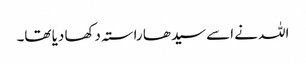
اللہ نے اسے سیدھا راستہ دکھا دیا تھا۔